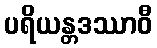
ပရိယန္တဒဿာဝီ